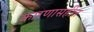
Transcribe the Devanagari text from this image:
कारणासहीत